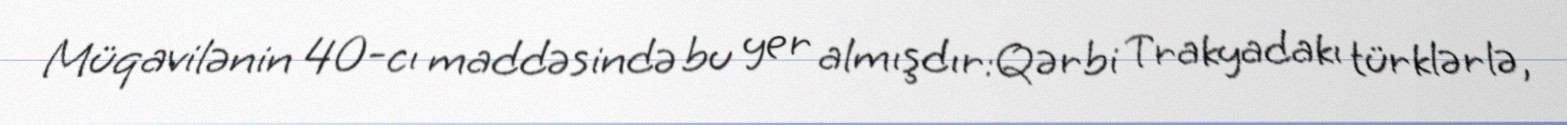
Müqavilənin 40-cı maddəsində bu yer almışdır:Qərbi Trakyadakı türklərlə,